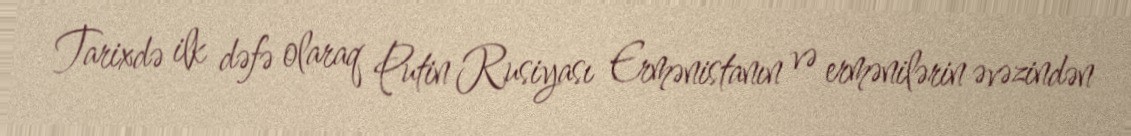
Tarixdə ilk dəfə olaraq Putin Rusiyası Ermənistanın və ermənilərin əvəzindən